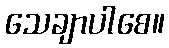
သေချာပါစေ။